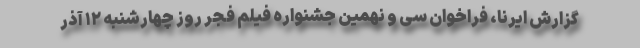
گزارش ایرنا، فراخوان سی و نهمین جشنواره فیلم فجر روز چهارشنبه ۱۲ آذر